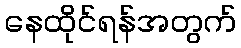
နေထိုင်ရန်အတွက်